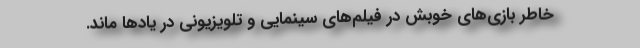
خاطر بازی‌های خوبش در فیلم‌های سینمایی و تلویزیونی در یادها ماند.